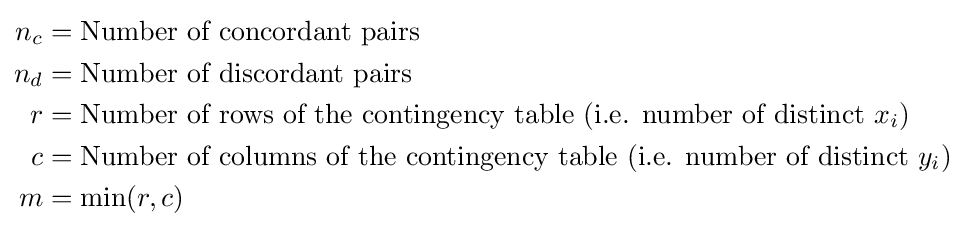
{\begin{aligned}n_{c}&={\text{Number of concordant pairs}}\\n_{d}&={\text{Number of discordant pairs}}\\r&={\text{Number of rows of the contingency table (i.e. number of distinct }}x_{i}{\text{)}}\\c&={\text{Number of columns of the contingency table (i.e. number of distinct }}y_{i}{\text{)}}\\m&=\min(r,c)\end{aligned}}